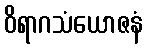
ဝိရာဂသံယောဇနံ